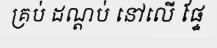
គ្រប់ ដណ្តប់ នៅលើ ផ្ទែ